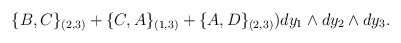
\begin{align*}\{B,C\}_{(2,3)}+\{C,A\}_{(1,3)}+\{A,D\}_{(2,3)})dy_{1} \wedge dy_2 \wedge dy_3.\end{align*}